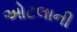
ઓટલાની